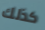
كذلك